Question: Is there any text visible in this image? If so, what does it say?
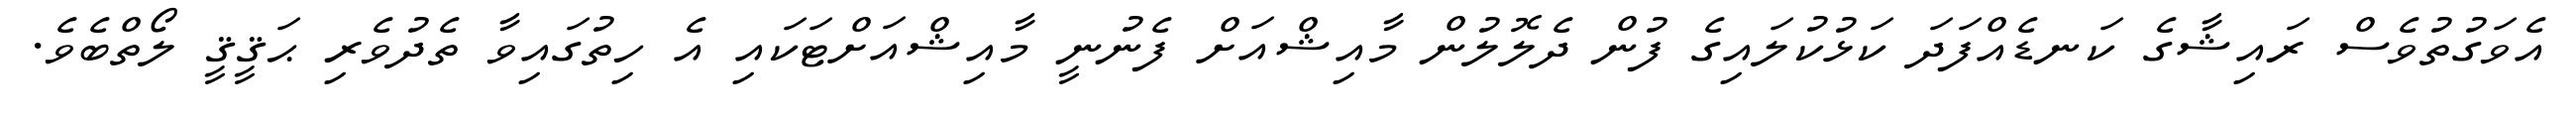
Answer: އެވަގުތުވެސް ރައިޝާގެ ކަނޑެއްފަދަ ކަޅުކުލައިގެ ފުން ދެލޮލުން މާއިޝްއަށް ފެނުނީ މާއިޝްއަށްޓަކައި އެ ހިތުގައިވާ ތެދުވެރި ޙަޤީޤީ ލޯތްބެވެ.